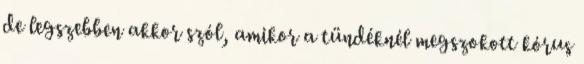
de legszebben akkor szól, amikor a tündéknél megszokott kórus